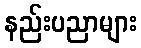
နည်းပညာများ